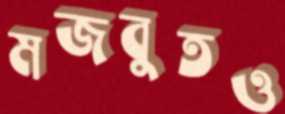
মজবুতও